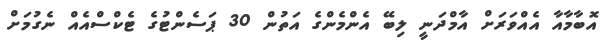
އޮބާމާއާ އެއްވަރަށް އާމްދަނީ ލިބޭ އެންމެންގެ އަތުން 30 ޕަސެންޓުގެ ޓެކްސްއެއް ނެގުމަށް